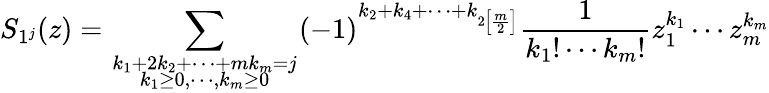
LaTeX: S_{1^{j}}(z)=\sum_{{\scriptstyle k_{1}+2k_{2}+\cdots+mk_{m}=j}\atop{\scriptstyle k_{1}\geq 0,\cdots,k_{m}\geq 0}}(-1)^{k_{2}+k_{4}+\cdots+k_{2\left[\frac m2\right]}}\frac 1{k_{1}!\cdots k_{m}!}z_{1}^{k_{1}}\cdots z_{m}^{k_{m}}